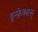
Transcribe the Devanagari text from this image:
इन्फ़ेक्शस्